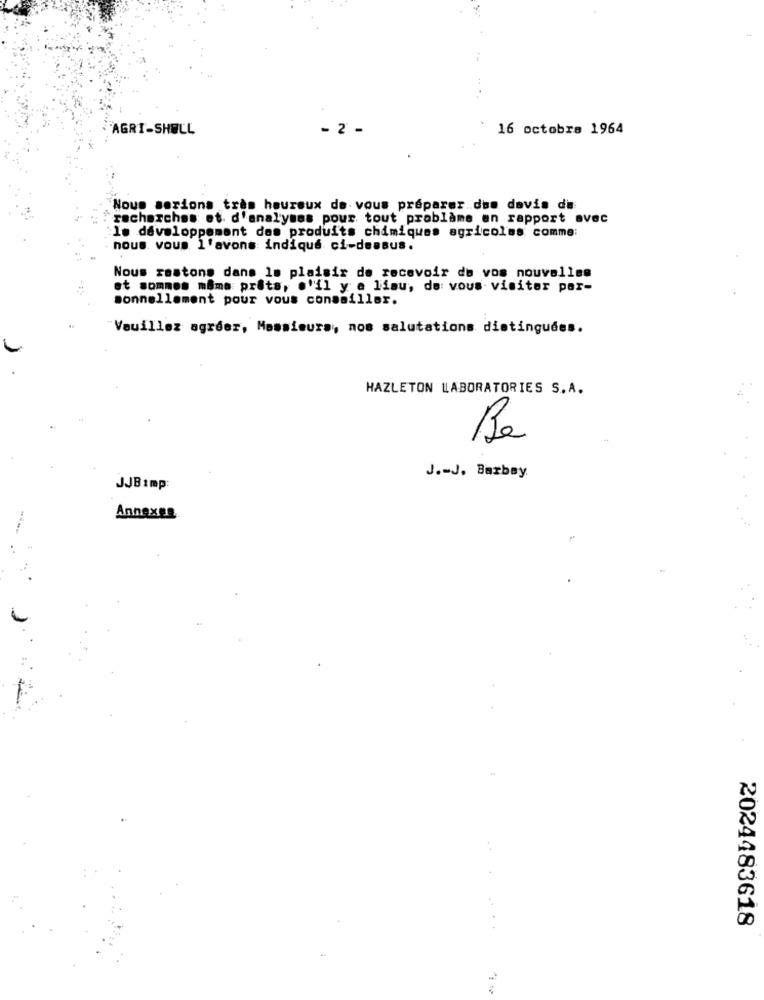
AGRI-SHELL
- 2 -
16 octobre 1964
Nous serions très heureux de vous préparer des devis de
recherches et d'analyses pour tout problème en rapport avec
1. développement des produits chimiques agricoles comme:
nous vous l'avons indiqué ci-dessus.
Nous restons dans le plaisir de recevoir de vos nouvelles
et sommes même prêts, . "il y a liau, de vous visiter por-
sonnellement pour vous conseiller.
Veuillez agréer, Monsieura ,, nos salutations distinguées.
HAZLETON LABORATORIES S.A.
Be
J .- J. Barbay
JJB:mp:
Annexes
2024483618
-